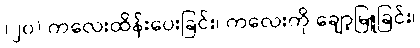
(၂၀) ကလေးထိန်းပေးခြင်း၊ ကလေးကို ချော့မြူခြင်း၊